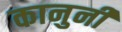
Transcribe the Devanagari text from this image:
कानुनी